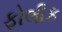
ફોલીક